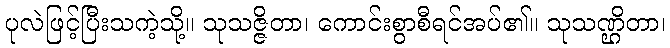
ပုလဲဖြင့်ပြီးသကဲ့သို့။ သုသဇ္ဇိတာ၊ ကောင်းစွာစီရင်အပ်၏။ သုသဏ္ဌိတာ၊